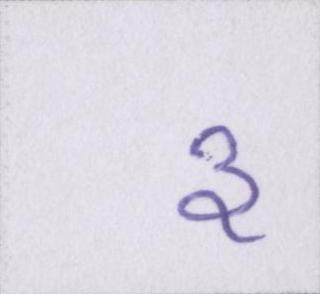
३